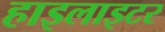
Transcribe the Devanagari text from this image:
हाइलाइटर